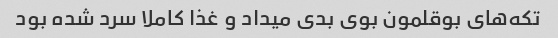
تکه‌های بوقلمون بوی بدی میداد و غذا کاملا سرد شده بود